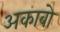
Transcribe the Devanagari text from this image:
अकाबो